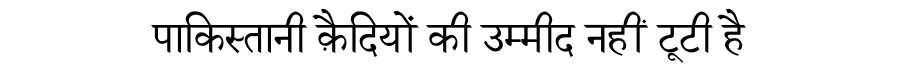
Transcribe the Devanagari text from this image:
पाकिस्तानी क़ैदियों की उम्मीद नहीं टूटी है